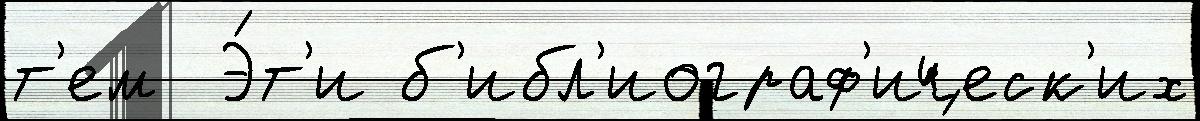
т'ем  Э́т'и б'ибл'иограф'ическ'их